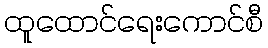
ထူထောင်ရေးကောင်စီ